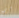
أي